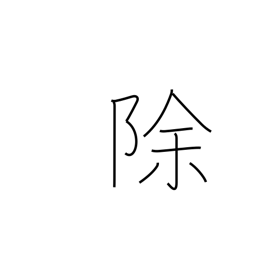
Meaning: except